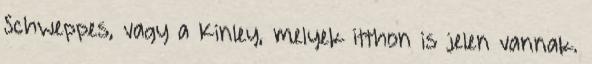
Schweppes, vagy a Kinley, melyek itthon is jelen vannak.